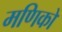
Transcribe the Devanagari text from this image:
मणिकों